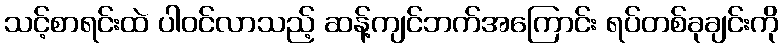
သင့်စာရင်းထဲ ပါဝင်လာသည့် ဆန့်ကျင်ဘက်အကြောင်း ရပ်တစ်ခုချင်းကို